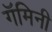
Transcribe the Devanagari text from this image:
गॅमिनी